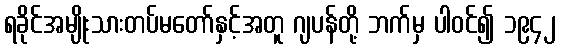
ရခိုင်အမျိုးသားတပ်မတော်နှင့်အတူ ဂျပန်တို့ ဘက်မှ ပါဝင်၍ ၁၉၄၂